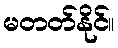
မတတ်နိုင်။